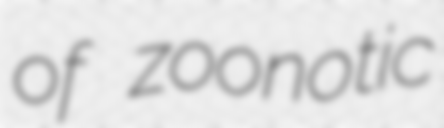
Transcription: of zoonotic